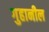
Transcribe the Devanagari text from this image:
गुहानील